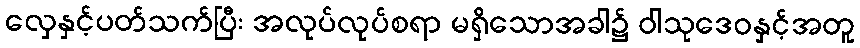
လှေနှင့်ပတ်သက်ပြီး အလုပ်လုပ်စရာ မရှိသောအခါ၌ ဝါသုဒေဝနှင့်အတူ